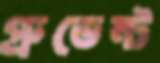
প্রুডেন্ট